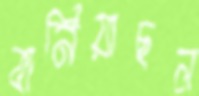
বানিয়াছল